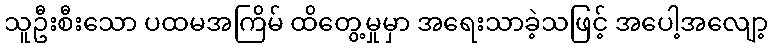
သူဦးစီးသော ပထမအကြိမ် ထိတွေ့မှုမှာ အရေးသာခဲ့သဖြင့် အပေါ့အလျော့